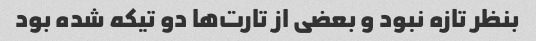
بنظر تازه نبود و بعضی از تارت‌ها دو تیکه شده بود